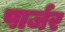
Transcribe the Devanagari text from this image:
पार्जर